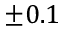
\pm 0 . 1